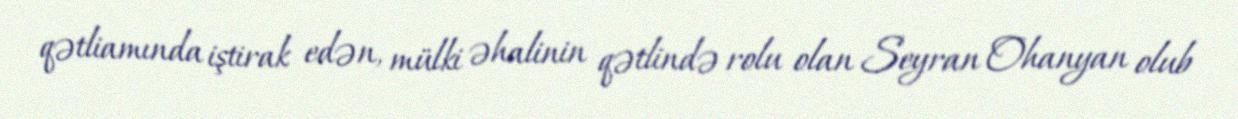
qətliamında iştirak edən, mülki əhalinin qətlində rolu olan Seyran Ohanyan olub